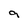
Character: 9